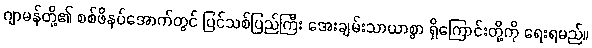
ဂျာမန်တို့၏ စစ်ဖိနပ်အောက်တွင် ပြင်သစ်ပြည်ကြီး အေးချမ်းသာယာစွာ ရှိကြောင်းတို့ကို ရေးရမည်။